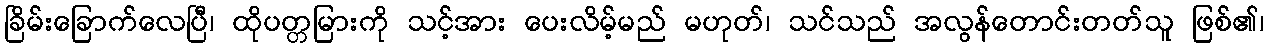
ခြိမ်းခြောက်လေပြီ၊ ထိုပတ္တမြားကို သင့်အား ပေးလိမ့်မည် မဟုတ်၊ သင်သည် အလွန်တောင်းတတ်သူ ဖြစ်၏၊